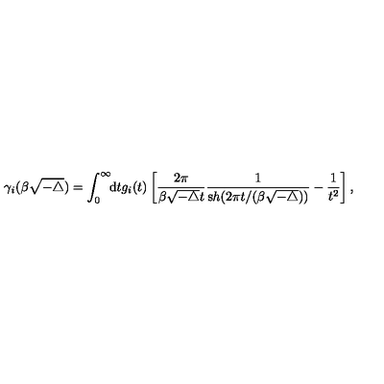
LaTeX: \gamma _ { i } ( \beta \sqrt { - \triangle } ) = \int _ { 0 } ^ { \infty } \! \! { \mathrm d } t g _ { i } ( t ) \left[ \frac { 2 \pi } { \beta { \sqrt { - \triangle } } t } \frac { 1 } { { \mathrm s h } ( 2 \pi t / ( \beta { \sqrt { - \triangle } } ) ) } - \frac { 1 } { t ^ { 2 } } \right] ,